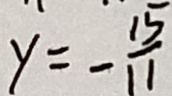
y = - \frac { 1 5 } { 1 1 }